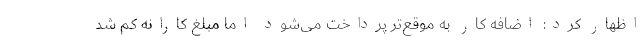
اظهار کرد: اضافه کار به موقع‌تر پرداخت می‌شود اما مبلغ کارانه کم شد